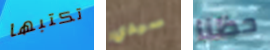
تكتبها سيدي حظنا